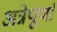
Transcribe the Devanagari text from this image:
अन्नेपूर्णा